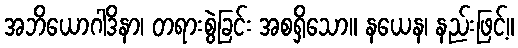
အဘိယောဂါဒိနာ၊ တရားစွဲခြင်း အစရှိသော။ နယေန၊ နည်းဖြင့်။